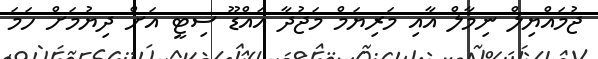
ޖުމައްޔިލް ނިމާލް އާއި މަރިޔަމް މަޖުދާ އައްޑޫ ސިޓީ އަށް ދިޔުމަށް ހަމަ